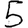
Digit: 5